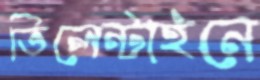
ভিলেন্টাইনে